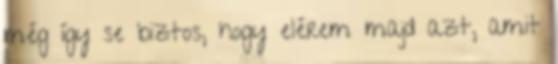
még így se biztos, hogy elérem majd azt, amit